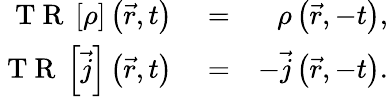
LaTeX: \begin{array}{rlr}{\mathrm{~T~R~}\left\lbrack\rho\right\rbrack\left(\vec{r},t\right)}&{{}=}&{\rho\left(\vec{r},-t\right),}\\ {\mathrm{~T~R~}\left\lbrack\vec{j}\right\rbrack\left(\vec{r},t\right)}&{{}=}&{-\vec{j}\left(\vec{r},-t\right).}\end{array}